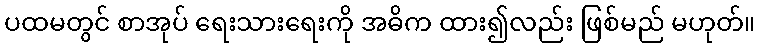
ပထမတွင် စာအုပ် ရေးသားရေးကို အဓိက ထား၍လည်း ဖြစ်မည် မဟုတ်။